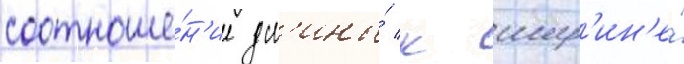
соотноше́н'ие дл'ины́ к шир'ин'е́